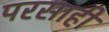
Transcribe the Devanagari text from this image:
परसाही